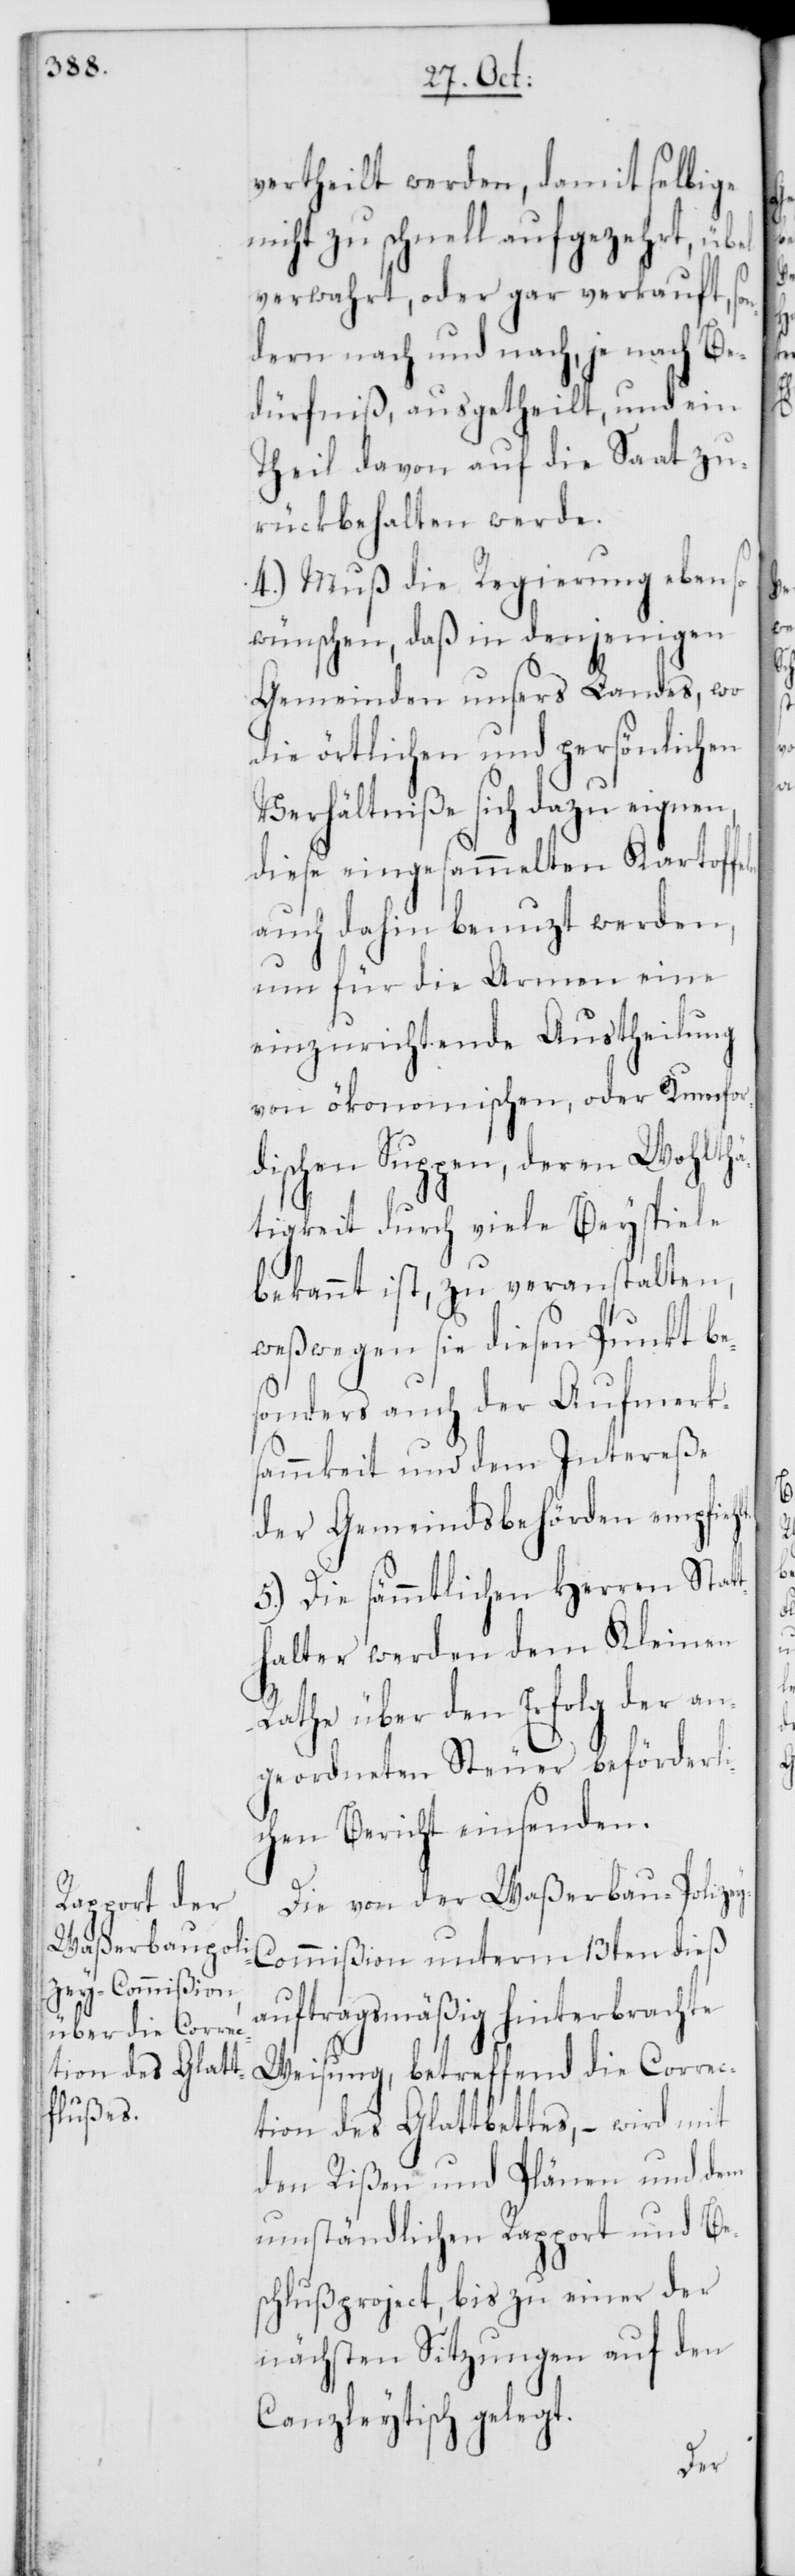
hlt.

vertheilt werden, damit selbige
nicht zu schnell aufgezehrt, übel
verwahrt, oder gar verkauft, son¬
dern nach und nach, je nach Be¬
dürfniß, ausgetheilt, und ein
Theil davon auf die Saat zu¬
rückbehalten werde.
4.) Muß die Regierung eben so
wünschen, daß in denjenigen
Gemeinden unsers Landes, wo
die örtlichen und persönlichen
Verhältniße sich dazu eignen,
diese eingesammelten Kartoffeln
auch dahin benutzt werden,
um für die Armen eine
einzurichtende Austheilung
von ökonomischen, oder Rumfor¬
dischen Suppen, deren Wohlthä¬
tigkeit durch viele Beyspiele
bekannt ist, zu veranstalten,
weßwegen sie diesen Punkt be¬
sonders auch der Aufmerk¬
sammkeit und dem Intereße
der Gemeindsbehörden empfie¬
5.) Die sämmtlichen Herren Stat¬
thalter werden dem Kleinen
Rathe über den Erfolg der an¬
geordneten Steuer beförderli¬
chen Bericht einsenden.
Die von der Waßerbau-Polize¬
y-Commißion unterm 13ten dieß
auftragsmäßig hinterbrachte
Weisung, betreffend die Correc¬
tion des Glattbettes, – wird mit
den Rißen und Plänen und dem
umständlichen Rapport und Be¬
schlußproject, bis zu einer der
nächsten Sitzungen auf den
Canzleytisch gelegt.